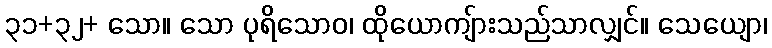
၃၁+၃၂+ သော။ သော ပုရိသောဝ၊ ထိုယောကျ်ားသည်သာလျှင်။ သေယျော၊